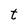
Character: t